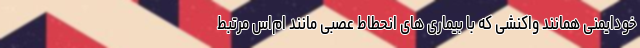
خودایمنی همانند واکنشی که با بیماری های انحطاط عصبی مانند ام‌اس مرتبط